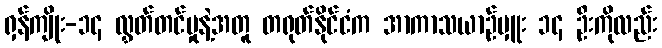
ရှန်ကျိုး-၁၄ လွှတ်တင်မှုနဲ့အတူ တရုတ်နိုင်ငံက အာကာသယာဉ်မှူး ၁၄ ဦးကိုလည်း